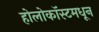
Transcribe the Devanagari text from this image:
होलोकॉस्टमधून